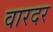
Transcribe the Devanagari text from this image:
वारदर